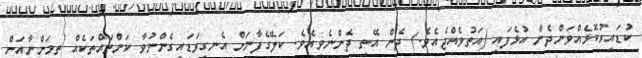
ކުޑައިރުކޮޅެއްވަންދެން އުޅެފައި (އަތުވެއްޖެއެވެ.) ދެން އޭތި ދެންނެވިއެވެ. ކަލޭގެފާނަށް އެނގިވަޑައިގެންނުވާ ކަންތައްތަކެއް ތިމަންނާއަށް